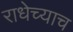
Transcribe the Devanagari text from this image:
राधेच्याच